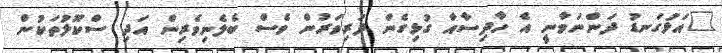
"އަޅުގަނޑު ދަންނަވާނީ އެ ހާދިސާއާ ގުޅިގެން ދަރިވަރުން ވެސް ބެލެނިވެރިން އަދި ސްކޫލުތަކުން